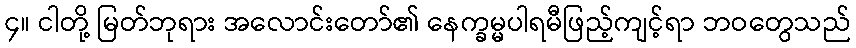
၄။ ငါတို့ မြတ်ဘုရား အလောင်းတော်၏ နေက္ခမ္မပါရမီဖြည့်ကျင့်ရာ ဘဝတွေသည်